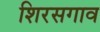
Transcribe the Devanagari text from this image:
शिरसगाव